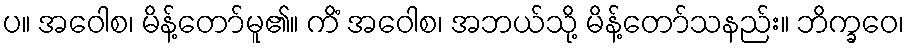
ပ။ အဝေါစ၊ မိန့်တော်မူ၏။ ကိံ အဝေါစ၊ အဘယ်သို့ မိန့်တော်သနည်း။ ဘိက္ခဝေ၊